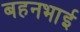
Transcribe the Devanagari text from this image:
बहनभाई